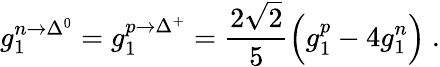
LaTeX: g_{1}^{n\rightarrow\Delta^{0}}=g_{1}^{p\rightarrow\Delta^{+}}=\frac{2\sqrt{2}}{5}\Big(g_{1}^{p}-4g_{1}^{n}\Big)\ .